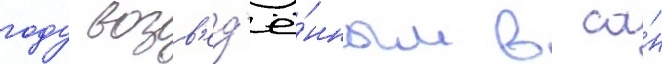
году возв'ед'ё́нным в са́н